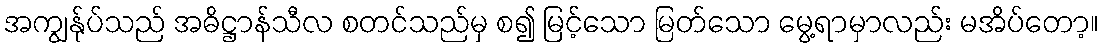
အကျွန်ုပ်သည် အဓိဋ္ဌာန်သီလ စတင်သည်မှ စ၍ မြင့်သော မြတ်သော မွေ့ရာမှာလည်း မအိပ်တော့။